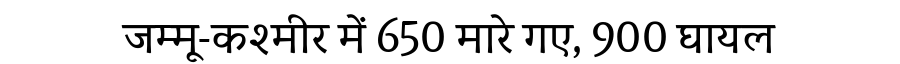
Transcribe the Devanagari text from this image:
जम्मू-कश्मीर में 650 मारे गए, 900 घायल